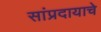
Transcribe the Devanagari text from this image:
सांप्रदायाचे